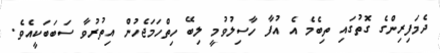
ދެމަފިރިންގެ ގޮތުގައި ތިބެމެ އެ އުފާ ހާސިލުވުމީ ލިބޭ ހިތްހަމަޖެހުން އިތުރުވާ ސަބަބަކީއެވެ.